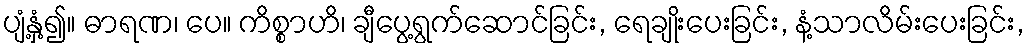
ပျံ့နှံ့၍။ ဓာရဏ၊ ပေ။ ကိစ္စာဟိ၊ ချီပွေ့ရွက်ဆောင်ခြင်း, ရေချိုးပေးခြင်း, နံ့သာလိမ်းပေးခြင်း,